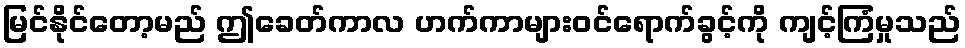
မြင်နိုင်တော့မည် ဤခေတ်ကာလ ဟက်ကာများဝင်ရောက်ခွင့်ကို ကျင့်ကြံမှုသည်